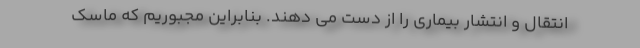
انتقال و انتشار بیماری را از دست می دهند. بنابراین مجبوریم که ماسک